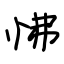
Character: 怫